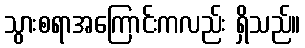
သွားစရာအကြောင်းကလည်း ရှိသည်။